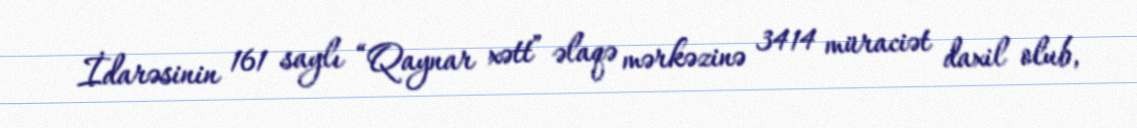
İdarəsinin 161 saylı “Qaynar xətt” əlaqə mərkəzinə 3414 müraciət daxil olub,